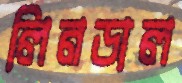
লিনডাল